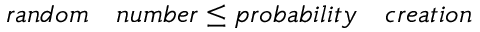
r a n d o m \quad n u m b e r \leq p r o b a b i l i t y \quad c r e a t i o n